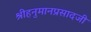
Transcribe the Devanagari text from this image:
श्रीहनुमानप्रसादजी